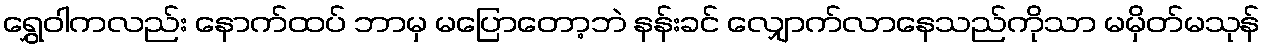
ရွှေဝါကလည်း နောက်ထပ် ဘာမှ မပြောတော့ဘဲ နန်းခင် လျှောက်လာနေသည်ကိုသာ မမှိတ်မသုန်